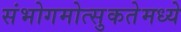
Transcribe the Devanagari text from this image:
संभोगमोत्सुकतेमध्ये